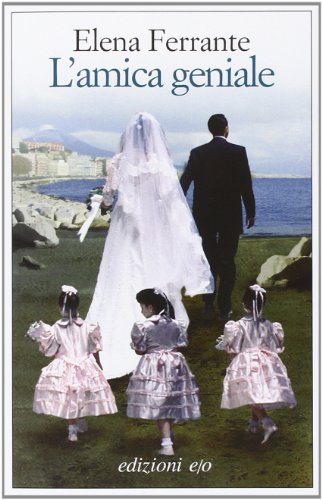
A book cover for L'amica geniale; Elena Ferrante; Literature & Fiction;